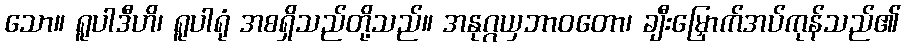
သော။ ရူပါဒီဟိ၊ ရူပါရုံ အစရှိသည်တို့သည်။ အနုဂ္ဂယှဘာဝတော၊ ချီးမြှောက်အပ်ကုန်သည်၏